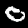
Label: 0